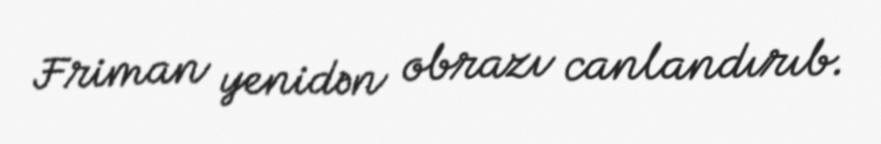
Friman yenidən obrazı canlandırıb.